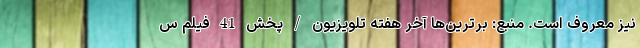
نیز معروف‌ است. منبع: برترین‌ها آخر هفته تلویزیون / پخش 41 فیلم س